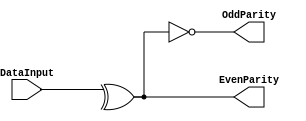
module N_Bit_Parity_Generator ( DataInput, OddParity, EvenParity );
parameter N_Bits = 6;
input [N_Bits-1 : 0] DataInput;
output OddParity;
output EvenParity;

assign EvenParity = ^DataInput;
assign OddParity = ~EvenParity;

endmodule